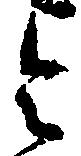
令